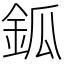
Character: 鈲